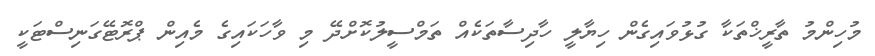
މުހިންމު ތާރީޚްތަކާ ގުޅުވައިގެން ހިޔާލީ ހާދިސާތަކެއް ތަމްސީލުކޮށްދޭ މި ވާހަކައިގެ މެއިން ޕްރޮޓޭގަނިސްޓަކީ